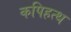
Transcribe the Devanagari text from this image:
कपिहत्थ